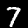
Label: 7